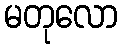
မတုလော